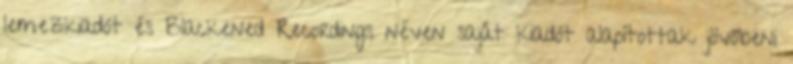
lemezkiadót és Blackened Recordings néven saját kiadót alapítottak jövőbeni